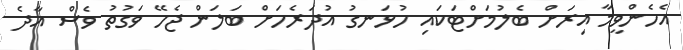
އެހެންވީމާ އިރަށް ބެލުމަށްޓަކައި ހުޅަނގު އުދަރެހަށް ބަލަން ޖެހޭ ވަގުތު ވެސް އާދެ